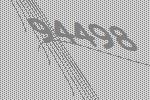
94498